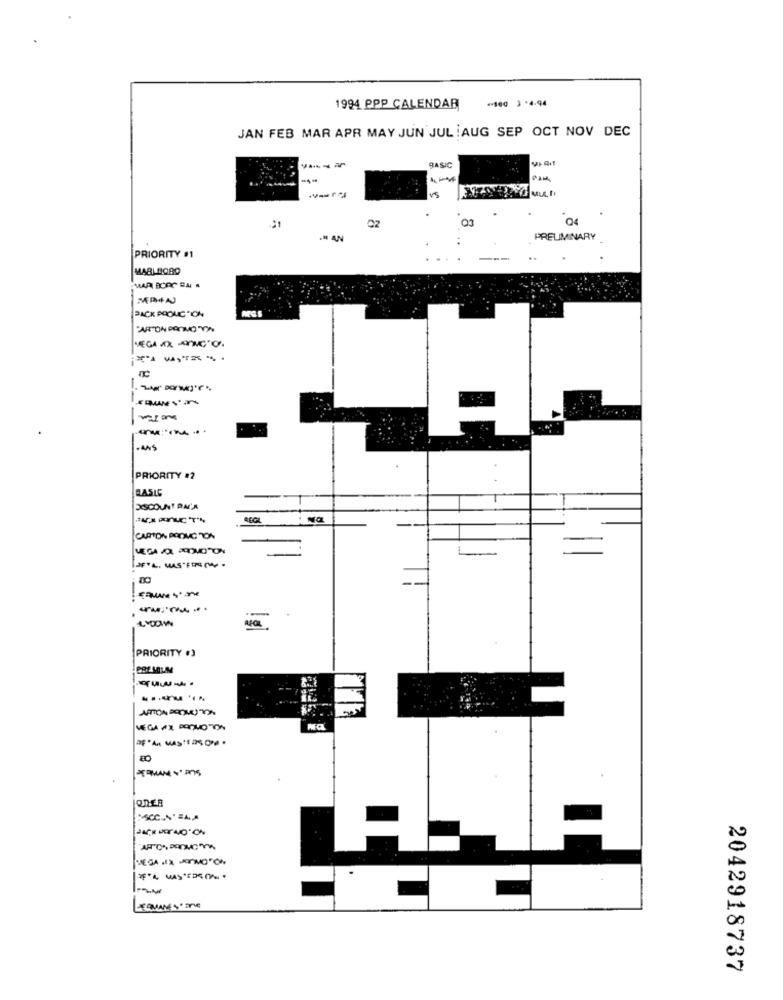
+100 3 -4-94
1994 PPP CALENDAR
JAN FEB MAR APR MAY JUN JUL :AUG SEP OCT NOV DEC
BASIC
--
-- AN
PRELIMINARY
PRIORITY #1
MARLBORO
PACK PROUCON
ANTON PORROTX
-
. ANS
PRIORITY #2
BASLC
XSCOUNT RA'R
CARTON PROME TON
-
PRIORITY #3
VEGA AX DOPHOTON
RF "A MASTERS OM .
QDER
VEGA NIX HORMOON
LEGUANE SOME
2042918737